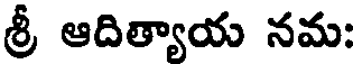
శ్రీ ఆదిత్యాయ నమ: